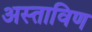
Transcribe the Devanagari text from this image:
अस्ताविण